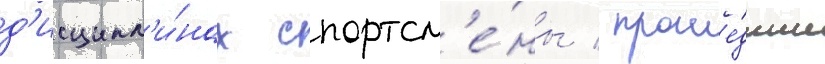
д'исципл'и́нах спортсм'е́ны / проше́дшие